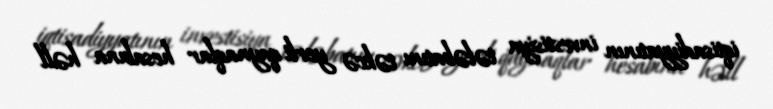
iqtisadiyyatının investisiya tələbatını təkcə yerli qaynaqlar hesabına həll